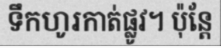
ទឹកហូរកាត់ផ្លូវ។ ប៉ុន្តែ